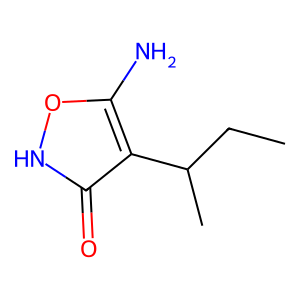
SMILES: CCC(C)c1c(N)o[nH]c1=O
Inhibits HIV replication: No